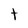
Character: t